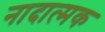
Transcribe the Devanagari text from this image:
नादात्मक